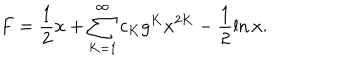
F = \frac { 1 } { 2 } x + \sum _ { K = 1 } ^ { \infty } c _ { K } g ^ { K } x ^ { 2 K } - \frac { 1 } { 2 } \ln x .